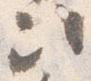
次